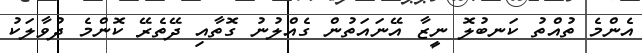
އެންމެ ތުއްތު ކަނބުލޮ ނީޒާ އޭނައަތުން ގެއްލުނު ގޮތާއި ދޭތެރޭ ކޮންމެ ދުވާލަކު